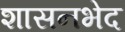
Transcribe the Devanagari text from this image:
शासनभेद